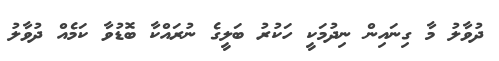
ދުވާލު މާ ގިނައިން ނިދުމަކީ ހަކުރު ބަލީގެ ނުރައްކާ ބޮޑުވާ ކަމެއް ދުވާލު